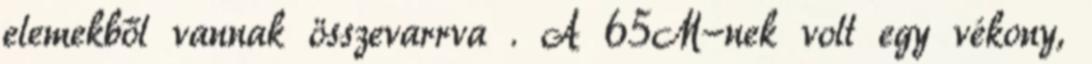
elemekből vannak összevarrva . A 65M-nek volt egy vékony,